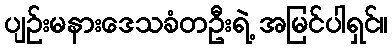
ပျဉ်းမနားဒေသခံတဦးရဲ့ အမြင်ပါရှင်။